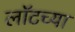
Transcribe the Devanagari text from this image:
लॉटच्या